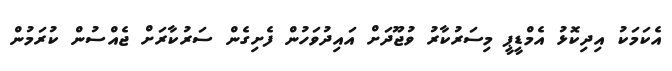
އެކަމަކު އިދިކޮޅު އެމްޑީޕީ މިސަރުކާރު ވުޖޫދަށް އައިދުވަހުން ފެށިގެން ސަރުކާރަށް ޖެއްސުން ކުރަމުން